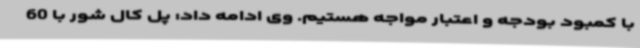
با کمبود بودجه و اعتبار مواجه هستیم. وی ادامه داد: پل کال شور با 60